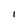
Character: I